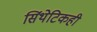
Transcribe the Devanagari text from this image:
सिंथेटिकही